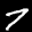
Label: 7